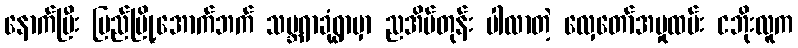
နောက်ပြီး ပြည်မြို့အောက်ဘက် သမ္ဘရာခုံရွာမှာ ညအိပ်တုန်း ပါလာတဲ့ လှေတော်အမှုထမ်း ငဘိုးလူက